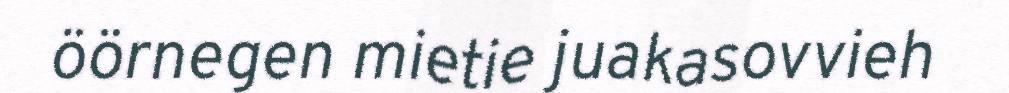
öörnegen mietie juakasovvieh